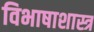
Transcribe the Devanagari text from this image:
विभाषाशास्त्र